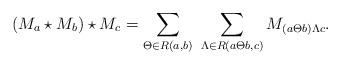
LaTeX: \begin{align*}(M_a\star M_b)\star M_c=\sum_{\Theta\in R(a,b)}\ \sum_{\Lambda\in R(a\Theta b,c)}M_{(a\Theta b)\Lambda c}.\end{align*}